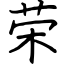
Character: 荣